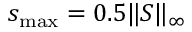
s _ { \operatorname* { m a x } } = 0 . 5 \| S \| _ { \infty }